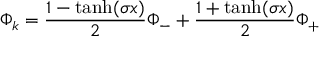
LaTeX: \Phi _ { k } = { \frac { 1 - \operatorname { t a n h } ( \sigma x ) } { 2 } } \Phi _ { - } + { \frac { 1 + \operatorname { t a n h } ( \sigma x ) } { 2 } } \Phi _ { + }